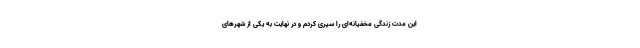
این مدت زندگی مخفیانه‌ای را سپری کردم و در نهایت به یکی از شهر‌های